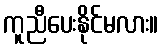
ကူညီပေးနိုင်မလား။